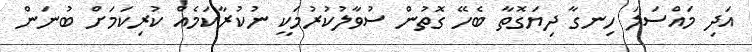
އަދި މައްސަލަ ހިނގާ ދިޔަގޮތާ ބެހޭ ގޮތުން ސުވާލުކުރުމަކީ ނުކުރާކަމެއް ކުރިކަމަށް ބުނަން